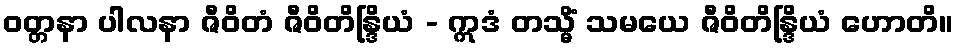
ဝတ္တနာ ပါလနာ ဇီဝိတံ ဇီဝိတိန္ဒြိယံ - ဣဒံ တသ္မိံ သမယေ ဇီဝိတိန္ဒြိယံ ဟောတိ။